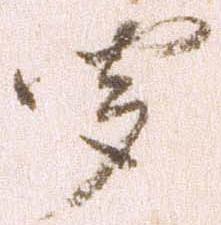
聞